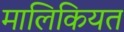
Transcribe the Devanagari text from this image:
मालिकियत